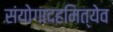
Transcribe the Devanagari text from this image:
संयोगादहमित्येव